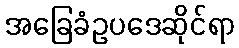
အခြေခံဥပဒေဆိုင်ရာ